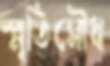
স্মৃতিসৌধ